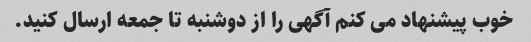
خوب پیشنهاد می کنم آگهی را از دوشنبه تا جمعه ارسال کنید.